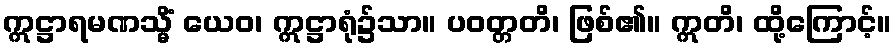
ဣဋ္ဌာရမဏသ္မိံ ယေဝ၊ ဣဋ္ဌာရုံ၌သာ။ ပဝတ္တတိ၊ ဖြစ်၏။ ဣတိ၊ ထို့ကြောင့်။